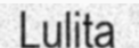
Lulita